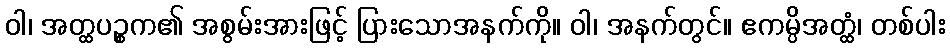
ဝါ၊ အတ္ထပဉ္စက၏ အစွမ်းအားဖြင့် ပြားသောအနက်ကို။ ဝါ၊ အနက်တွင်။ ဧကမ္ပိအတ္ထံ၊ တစ်ပါး